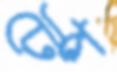
টেপ